Report on sanitation, dispensaries, and jails in Rajputana for 1912, and on vaccination for the year 1912-1913 - 1912-1913
Year: 1912
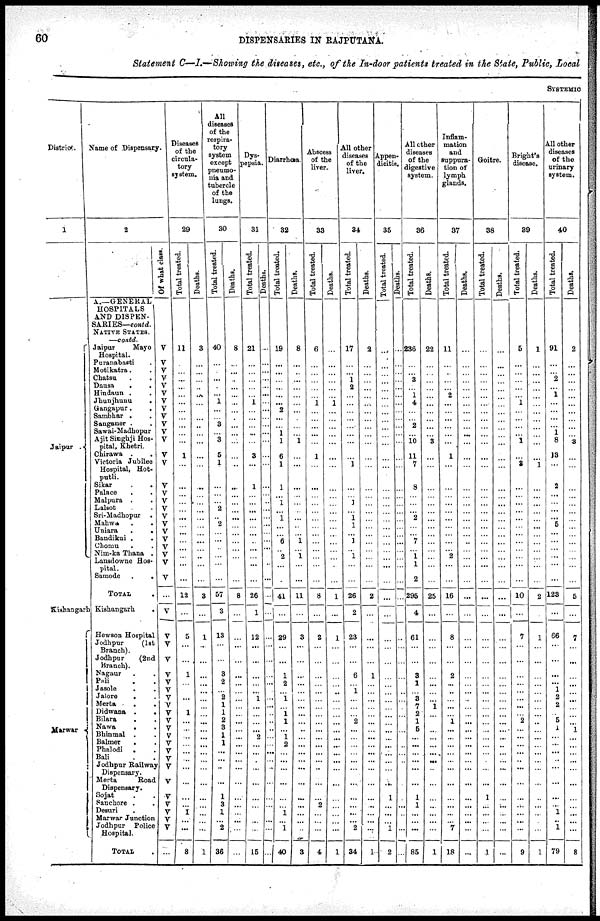
60
DISPENSARIES IN RAJPUTANA.
Statement C—I.—Showing the diseases, etc., of the In-door patients treated in the State, Public, Local
SYSTEMIC
District.
1
Jaipur .
Kishangarh
Marwar
Name of Dispensary
2
A.—GENERAL
HOSPITALS
AND DISPEN-
SARIES— contd.
NATIVE STATES.
—contd.
Jaipur
Mayo
Hospital.
Puranabasti .
Motikatra. .
Chatsu . .
Dausa . .
Hindaun . .
Jhunjhunu
.
Gangapur . .
Sambhar . .
Sanganer . .
Sawai-Madhopur
Ajit Singhji Hos-
pital, Khetri.
Chirawa . .
Victoria Jubilee
Hospital, Hot-
putli.
Sikar . .
Palace . .
Malpura . .
Lalsot . .
Sri-Madhopur .
Mahwa . .
Uniara
.
.
Bandikui . .
Chomu . .
Nim-ka Thana .
Lansdowne Hos-
pital.
Samode
.
.
TOTAL .
Kishangarh
.
Hewson Hospital
Jodhpur
(1st
Branch).
Jodhpur
(2nd
Branch).
Nagaur . .
Pali . .
Jasole . .
Jalore . .
Merta . .
Didwana
.
.
Bilara . .
Nawa . .
Bhinmal . .
Balmer . .
Phalodi . .
Bali . .
Jodhpnr Railway
Dispensary.
Merta
Road
Dispensary.
Sojat . .
Sanchore . .
Desuri . .
Marwar Junction
Jodhpur Police
Hospital.
TOTAL .
Of what class.
V
V
V
V
V
V
V
V
V
V
V
V
V
V
V
V
V
V
V
V
V
V
V
V
V
V
...
V
V
V
V
V
V
V
V
V
V
V
V
V
V
V
V
V
V
V
V
V
V
V
...
Diseases
of the
circula-
tory
system.
29
Total treated.
11
...
...
...
...
...
...
...
...
...
...
...
1
...
...
...
...
...
...
...
...
...
...
...
...
...
12
...
5
...
...
1
...
...
...
...
1
...
...
...
...
...
...
...
...
...
...
1
...
...
8
Deaths.
3
...
...
...
...
...
...
...
...
...
...
...
...
...
...
...
...
...
...
...
...
...
...
...
...
...
3
...
1
...
...
...
...
...
...
...
...
...
...
...
...
...
...
...
...
...
...
...
...
...
1
All
diseases
of the
respira-
tory
system
except
pneumo-
nia and
tubercle
of the
lungs.
30
Total treated.
40
...
...
...
...
...
1
...
...
3
...
3
5
1
...
...
...
2
...
2
...
...
...
...
...
...
57
3
13
...
...
3
2
...
2
1
1
2
3
1
1
...
...
...
...
1
3
1
...
2
36
Deaths.
8
...
...
...
...
...
...
...
...
...
...
...
...
...
...
...
...
...
...
...
...
...
...
...
...
...
8
...
...
...
...
...
...
...
...
...
...
...
...
...
...
...
...
...
...
...
...
...
...
...
...
Dys¬
pepsia.
31
Total treated.
21
...
...
...
...
...
1
...
...
...
...
...
3
...
1
...
...
...
...
...
...
...
...
...
...
...
26
1
12
...
...
...
...
...
1
...
...
...
...
2
...
...
...
...
...
...
...
...
...
...
15
Deaths.
...
...
...
...
...
...
...
...
...
...
...
...
...
...
...
...
...
...
...
...
...
...
...
...
...
...
...
...
...
...
...
...
...
...
...
...
...
...
...
...
...
..
...
...
...
...
...
...
...
...
...
Diarrhœa
32
Total treated.
19
...
...
...
...
...
...
2
...
...
1
1
6
1
1
...
1
...
1
...
...
6
...
2
...
...
41
...
29
...
...
1
2
...
1
...
1
1
...
1
2
...
...
...
...
...
...
1
...
1
40
Deaths.
8
...
...
...
...
...
...
...
...
...
...
1
...
...
...
...
...
...
...
...
...
1
...
1
...
...
11
...
3
...
...
...
...
...
...
...
...
...
...
...
...
...
...
...
...
...
...
...
...
...
3
Abscess
of the
liver.
33
Total treated.
6
...
...
...
...
...
1
...
...
...
...
...
1
...
...
...
...
...
...
...
...
...
...
...
...
...
8
...
2
...
...
...
...
...
...
...
...
...
...
...
...
...
...
...
...
... 2
...
...
...
4
Deaths.
...
...
...
...
...
...
1
...
...
...
...
...
...
...
...
...
...
...
...
...
...
...
...
...
...
...
1
...
1
...
...
...
...
...
...
...
...
...
...
...
...
...
...
...
...
...
...
...
...
...
1
All other
diseases
of the
liver.
34
Total treated.
17
...
...
1
2
...
...
...
...
...
...
...
...
1
...
...
1
...
1
1
...
1
...
1
...
...
26
2
23
...
...
6
... 1
...
...
...
2
...
...
...
...
...
...
...
...
...
...
...
2
34
Deaths.
2
...
...
...
...
...
...
...
...
...
...
...
...
...
...
...
...
...
...
...
...
...
...
...
...
...
2
...
...
...
...
1
...
...
...
...
...
...
...
...
...
...
...
...
...
...
...
...
...
...
1
Appen-
dicitis.
35
Total treated.
...
...
...
...
...
...
...
...
...
...
...
...
...
...
...
...
...
...
...
...
...
...
...
...
...
...
...
...
...
...
...
...
...
...
...
...
...
...
...
...
...
...
...
...
...
1
...
...
...
1
2
Deaths.
...
...
...
...
...
...
...
...
...
...
...
...
...
...
...
...
...
...
...
...
...
...
...
...
...
...
...
...
...
...
...
...
...
...
...
...
...
...
...
...
...
...
...
...
...
...
...
...
...
...
...
All other
diseases
of the
digestive
system.
36
Total treated.
236
...
...
3
...
1
4
...
...
2
...
10
11
7
8
...
...
...
2
...
...
7
...
1
1
2
295
4
61
...
...
3
1
...
3
7
2
1
5
...
...
...
...
...
...
1
1
...
...
...
85
Deaths.
22
...
...
...
...
...
...
...
...
...
...
3
...
...
...
...
...
...
...
...
...
...
...
...
...
...
25
...
...
...
...
...
...
...
...
1
...
...
...
...
...
...
...
...
...
...
...
...
...
...
1
Inflam-
mation
and
suppura-
tion of
lymph
glands.
37
Total treated.
11
...
...
...
...
2
...
...
...
...
...
...
1
...
...
...
...
...
...
...
...
...
...
2
...
...
16
...
8
...
...
2
...
...
...
...
...
1
...
...
...
...
...
...
...
...
...
...
...
7
18
Deaths.
...
...
...
...
...
...
...
...
...
...
...
...
...
...
...
...
...
...
...
...
...
...
...
...
...
...
...
...
...
...
...
...
...
...
...
...
...
...
...
...
...
...
...
...
...
...
...
...
...
...
...
Goitre.
38
Total treated.
...
...
...
...
...
...
...
...
...
...
...
...
...
...
...
...
...
...
...
...
...
...
...
...
...
...
...
...
...
...
...
...
...
...
...
...
...
...
...
...
...
...
...
...
...
1
...
...
...
...
1
Deaths.
...
...
...
...
...
...
...
...
...
...
...
...
...
...
...
...
...
...
...
...
...
...
...
...
...
...
...
...
...
...
...
...
...
...
...
...
...
...
...
...
...
...
...
...
...
...
...
...
...
...
...
Bright's
disease.
39
Total treated.
5
...
...
...
...
...
1
...
...
...
...
1
... 3
...
...
...
...
...
...
...
...
...
...
...
...
10
...
7
...
...
...
...
...
...
...
...
2
...
...
...
...
...
...
...
...
...
...
...
...
9
Deaths.
1
...
...
...
...
...
...
...
...
...
...
...
...
1
...
...
...
...
...
...
...
...
...
...
...
...
2
...
1
...
...
...
...
...
...
...
...
...
...
...
...
...
...
...
...
...
...
...
...
...
1
All other
diseases
of the
urinary
system.
40
Total treated.
91
...
...
2
...
1
...
...
...
...
1
8
13
...
2
...
...
...
...
5
...
...
...
...
...
...
123
...
66
...
...
...
... 1
2
2
...
5
1
...
...
...
...
...
...
...
... 1
.. 1
79
Deaths.
2
...
...
...
...
...
...
...
...
...
...
3
...
...
...
...
...
...
...
...
...
...
...
...
...
...
5
...
7
...
...
...
...
...
...
...
...
...
1
...
...
...
...
...
...
...
...
...
...
...
8